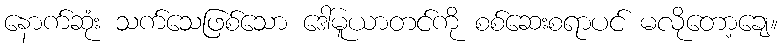
နောက်ဆုံး သက်သေဖြစ်သော ဒေါ်မူယာတင်ကို စစ်ဆေးစရာပင် မလိုတော့ချေ။